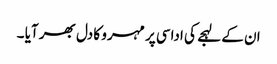
ان کے لہجے کی اداسی پر مہرو کا دل بھر آیا ۔